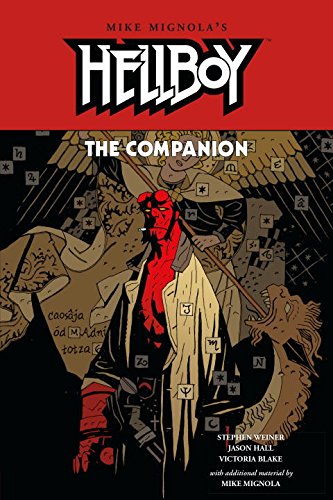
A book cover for The Hellboy Companion; Stephen Weiner; Comics & Graphic Novels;